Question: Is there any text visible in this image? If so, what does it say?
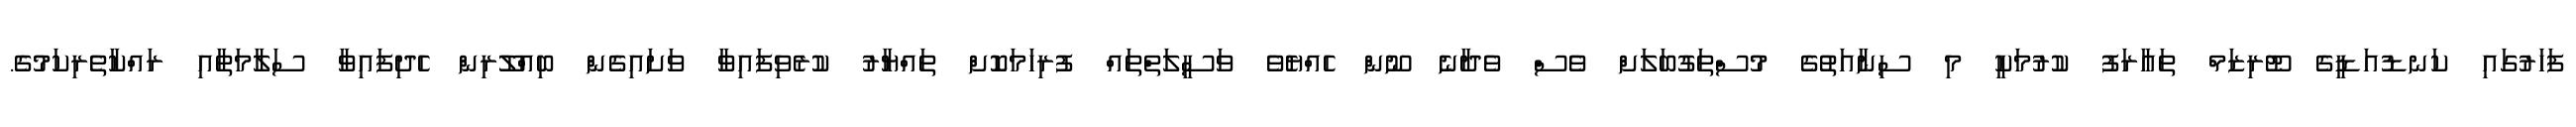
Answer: ފަހަރުގައި ކަނޑުއަޑީގެ ޓޫރިޒަމް ތައާރަފު ކުރުމަކީ މި ސިނާއަތުގެ މުސްތަގުބަލަށް ވެސް ވެދާނެ ނޫން ހެއްޔެވެ ވަސީލަތްތައް ފުރިހަމަކޮށް ތައްޔާރު ކުރެވިފައިވާ ވަށައިގެން ބިއްލޫރިން ހެދިފައިވާ ސަލާމަތާއި ރައްކާތެރިކަމުގެ.